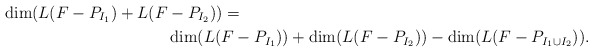
\begin{align*}\dim (L(F-P_{I_1}) + L(F & -P_{I_2})) = \\& \dim (L(F-P_{I_1}) ) + \dim (L(F-P_{I_2})) - \dim (L(F - P_{I_1 \cup I_2})).\end{align*}